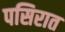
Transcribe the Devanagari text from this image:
पसिरात